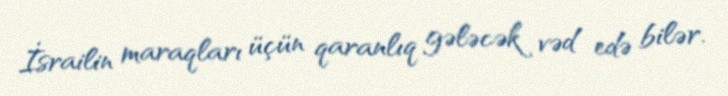
İsrailin maraqları üçün qaranlıq gələcək vəd edə bilər.